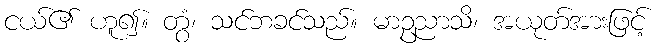
ငယ်၏ ဟူ၍။ တွံ၊ သင်ဘခင်သည်။ မာဥညာသိ၊ အယုတ်အားဖြင့်